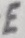
Text: E